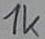
Text: 1k